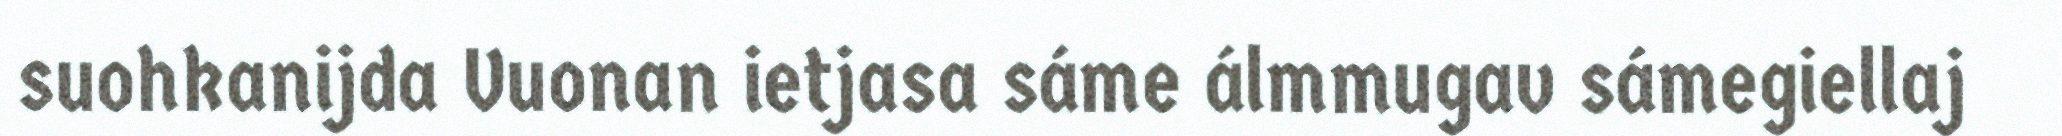
suohkanijda Vuonan ietjasa sáme álmmugav sámegiellaj